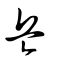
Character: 兵